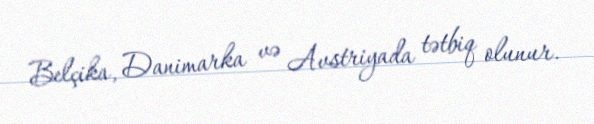
Belçika, Danimarka və Avstriyada tətbiq olunur.